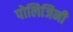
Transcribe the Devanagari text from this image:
पोलिजिनी